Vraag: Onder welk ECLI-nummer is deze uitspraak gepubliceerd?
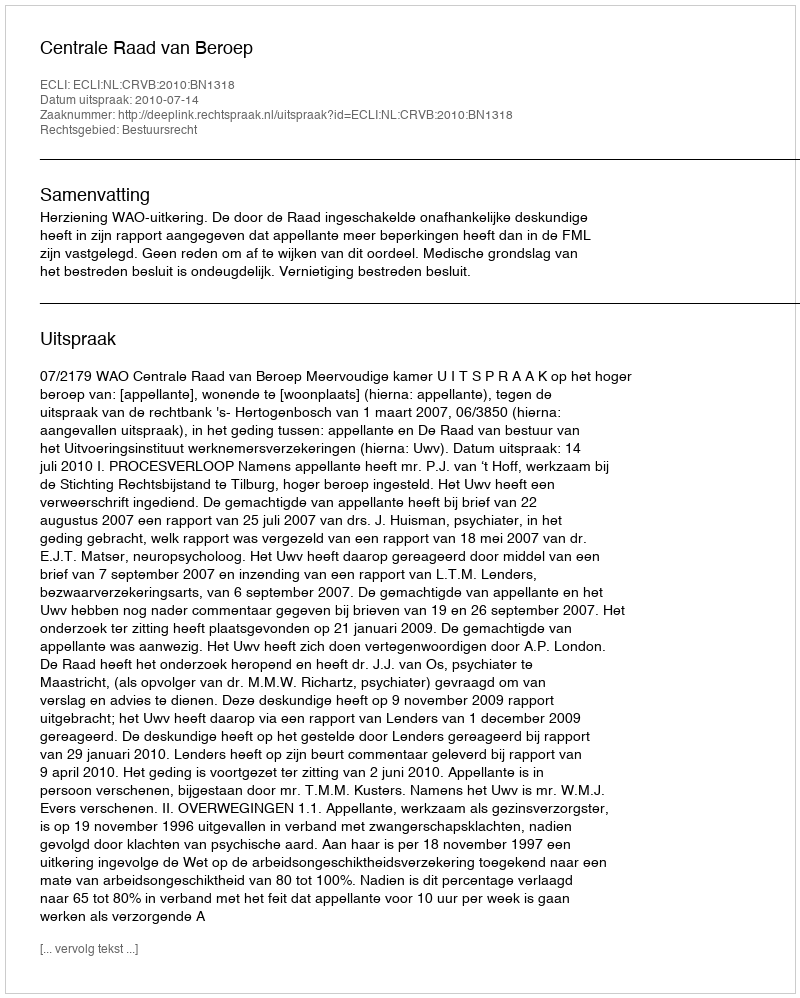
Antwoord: ECLI:NL:CRVB:2010:BN1318